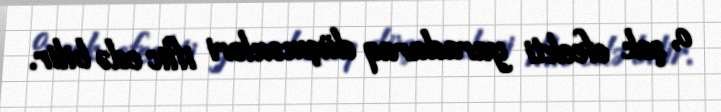
o, şok efeekti yaradaraq düşmənləri iflic edə bilir.